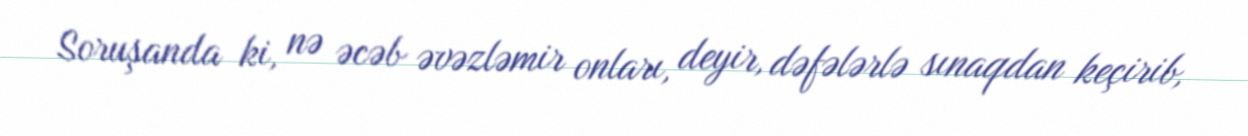
Soruşanda ki, nə əcəb əvəzləmir onları, deyir, dəfələrlə sınaqdan keçirib,